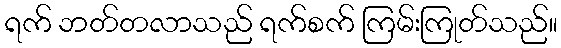
ရက် ဘတ်တလာသည် ရက်စက် ကြမ်းကြုတ်သည်။